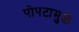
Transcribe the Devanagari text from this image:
पोपटामुळे